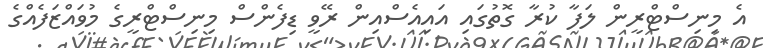
އެ މިނިސްޓްރީން ލަފާ ކުރާ ގޮތުގައި އައިއެސްއިން ރޭވީ ޑިފެންސް މިނިސްޓްރީގެ މުވައްޒަފެއްގެ